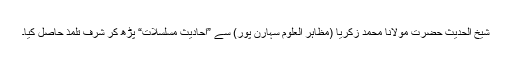
شیخ الحدیث حضرت مولانا محمد زکریاؒ (مظاہر العلوم سہارن پور) سے ”احادیث مسلسلات“ پڑھ کر شرف تلمذ حاصل کیا۔